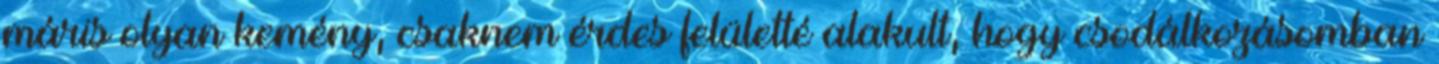
máris olyan kemény, csaknem érdes felületté alakult, hogy csodálkozásomban